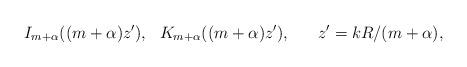
LaTeX: \begin{align*}I_{m+\alpha}((m+\alpha) z'),\ \ K_{m+\alpha}((m+\alpha) z'), \ \ \ \ \ z'=kR/(m+\alpha),\end{align*}